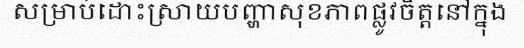
សម្រាប់ដោះស្រាយបញ្ហាសុខភាពផ្លូវចិត្តនៅក្នុង